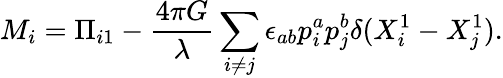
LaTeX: M_{i}=\Pi_{i1}-\frac{4\pi G}{\lambda}\sum_{i\ne j}\epsilon_{ab}p_{i}^{a}p_{j}^{b}\delta(X_{i}^{1}-X_{j}^{1}).